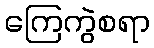
ကြေကွဲစရာ